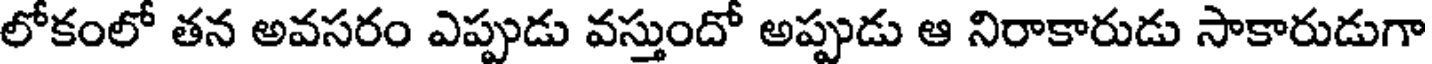
లోకంలో తన అవసరం ఎప్పుడు వస్తుందో అప్పుడు ఆ నిరాకారుడు సాకారుడుగా